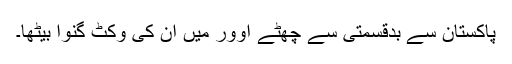
پاکستان سے بدقسمتی سے چھٹے اوور میں ان کی وکٹ گنوا بیٹھا۔